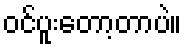
ဝင်ပူးတော့တာပဲ။